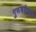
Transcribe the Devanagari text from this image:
गुरूचरीत्राचा